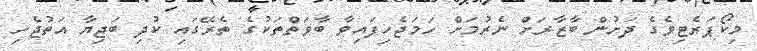
މިކޯޕަރެޓިވެގެ ދަށުން ބާޒާރަށް ނެރުމަށް ހަމަޖެހިފައިވާ ބާވަތްތަކުގެ ތެރޭގައި ކުދި ބަޖިޔާ އަތުޖެހި